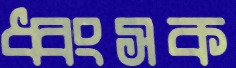
ধ্বংসক